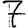
Digit: 7